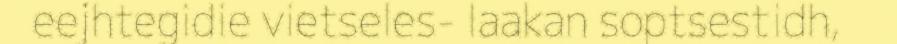
eejhtegidie vietseles- laakan soptsestidh,